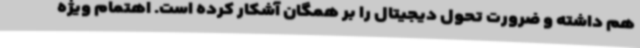
هم داشته و ضرورت تحول دیجیتال را بر همگان آشکار کرده است. اهتمام ویژه